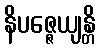
နိပဇ္ဇေယျန္တိ